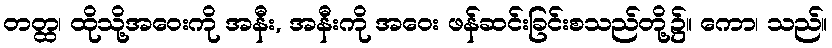
တတ္ထ၊ ထိုသို့အဝေးကို အနီး, အနီးကို အဝေး ဖန်ဆင်းခြင်းစသည်တို့၌။ ကော၊ သည်။